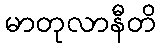
မာတုလာနီတိ